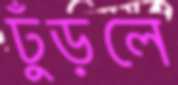
ঢুঁড়লে